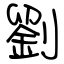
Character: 劉